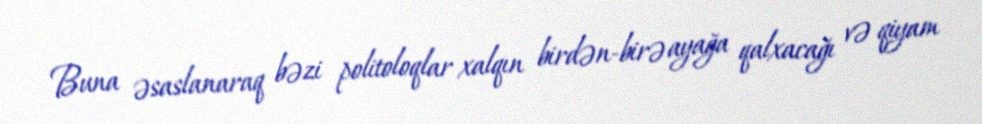
Buna əsaslanaraq bəzi politoloqlar xalqın birdən-birə ayağa qalxacağı və qiyam